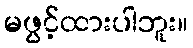
မဖွင့်ထားပါဘူး။